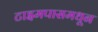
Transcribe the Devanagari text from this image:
टाइमपासमधून